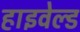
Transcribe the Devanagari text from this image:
हाइवेल्ड